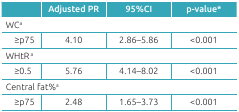
<table><thead><tr><td></td><td><b>Adjusted PR</b></td><td><b>95%CI</b></td><td><b>p-value*</b></td></tr></thead><tbody><tr><td colspan="4">WC<sup>a</sup></td></tr><tr><td>≥p75</td><td>4.10</td><td>2.86-5.86</td><td>&lt;0.001</td></tr><tr><td colspan="4">WHtR <sup>a</sup></td></tr><tr><td>≥0.5</td><td>5.76</td><td>4.14-8.02</td><td>&lt;0.001</td></tr><tr><td colspan="4">Central fat%<sup>a</sup></td></tr><tr><td>≥p75</td><td>2.48</td><td>1.65-3.73</td><td>&lt;0.001</td></tr></tbody></table>